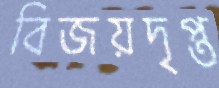
বিজয়দৃপ্ত